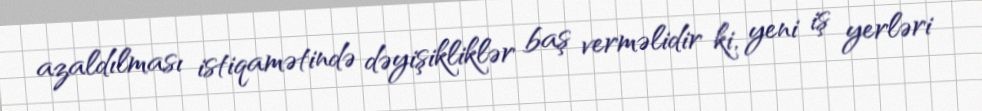
azaldılması istiqamətində dəyişikliklər baş verməlidir ki, yeni iş yerləri